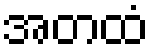
အတထံ